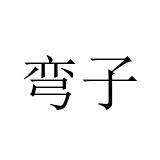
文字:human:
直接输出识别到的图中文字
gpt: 弯子